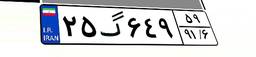
۲۵گ۶۴۹۵۹